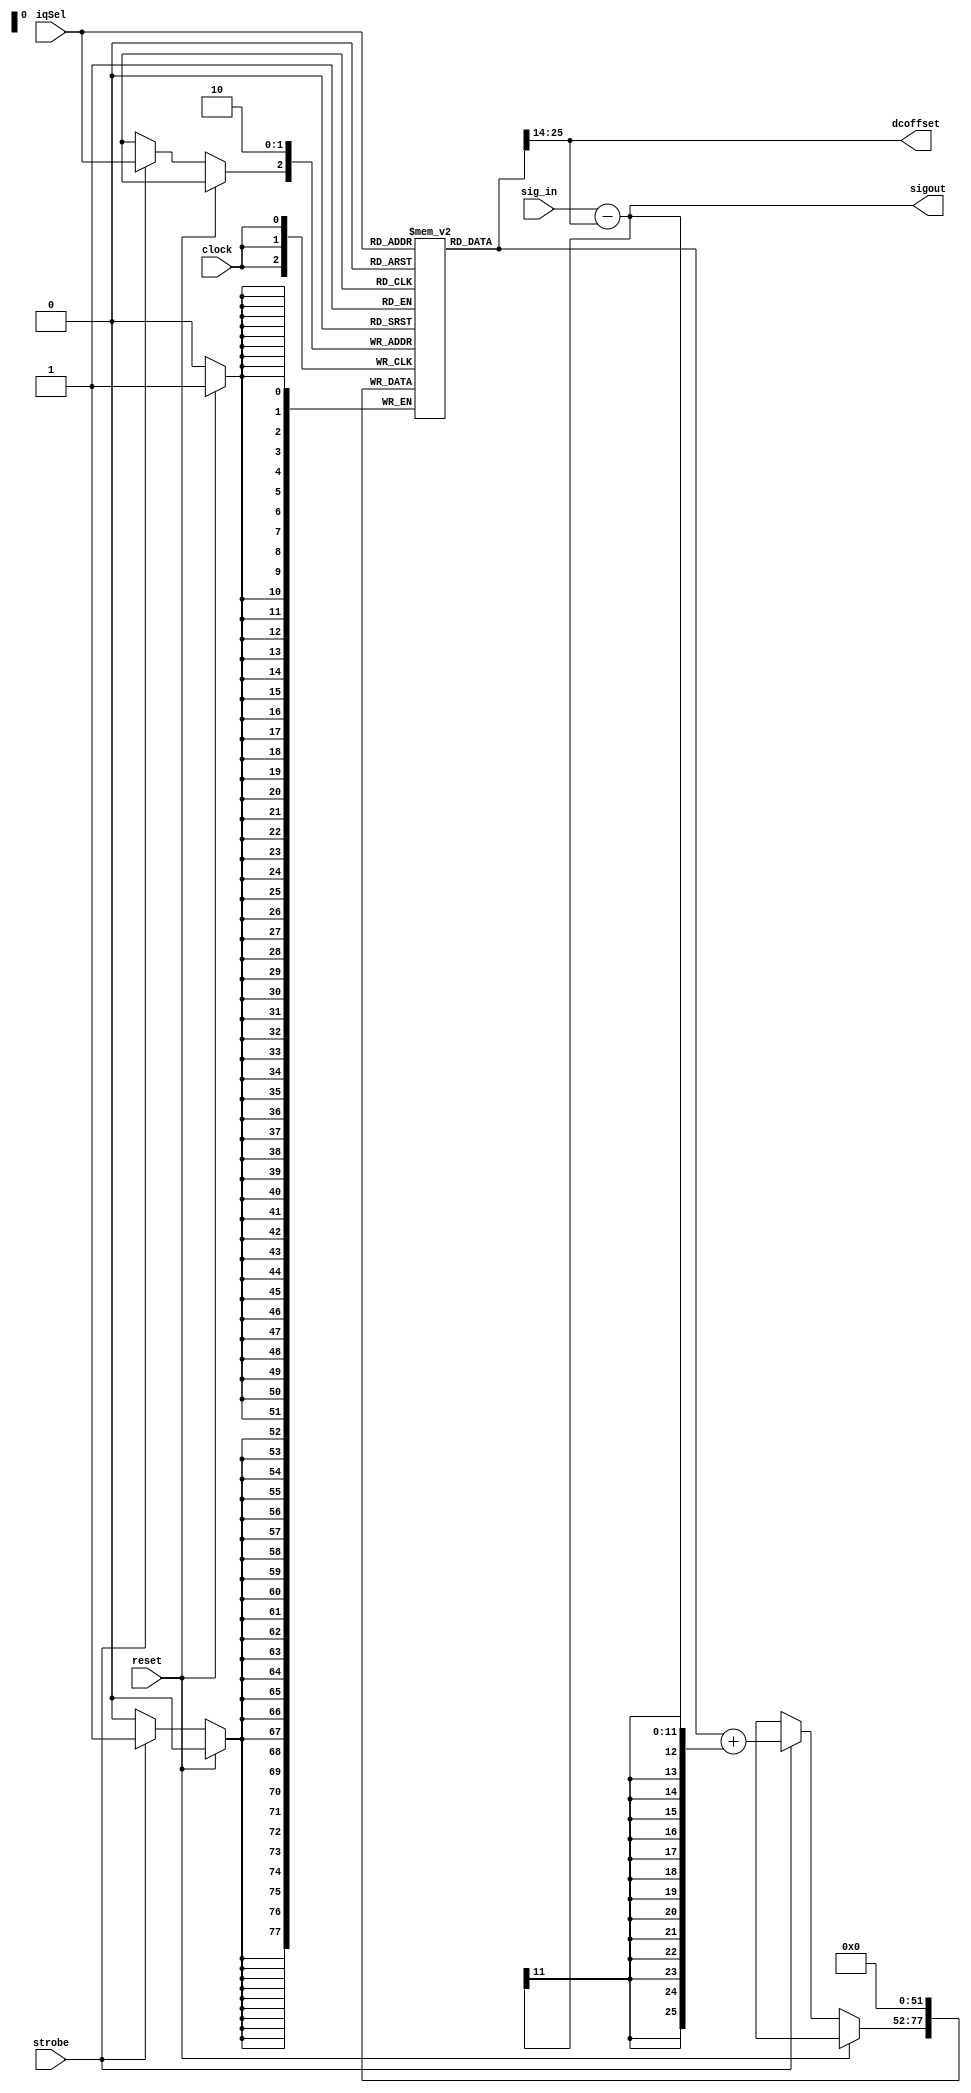
module WcaDcOffset (
    input clock, 
    input reset, 
    input strobe,	 
	 input  iqSel,

    input  signed [11:0] sig_in,    //signal input.
	 output signed [11:0] dcoffset,  //DC Offset measurement / scaled to 16 bits for higher resolution.
	 output signed [11:0] sigout 	 //Adjusted output signal with DC bias removed.
  );

/*	//Implement a scaled integrator. 
	reg signed [31:0] integrator[0:1];

	assign dcoffset = integrator[iqSel][31:20];
   assign sigout   = sig_in - dcoffset;
	wire  [31:0] update = integrator[iqSel][31:0] + {{(20){sigout[11]}},sigout}; 
		
   always @(posedge clock)
	 begin
     if(reset)
	  begin 
       integrator[0] <= #1 32'd0;
		 integrator[1] <= #1 32'd0;
	  end
     else if(strobe) 
		 if( iqSel) integrator[1][31:0] <= #1 update; 
		 else       integrator[0][31:0] <= #1 update; 
	 end */
	 
/*	//Implement a scaled integrator. 
	reg  signed [25:0] integrator;

	assign dcoffset = integrator[25:14];
   assign sigout   = (iqSel) ? (sig_in - dcoffset) : dcoffset;
	wire  signed [25:0] update = integrator + {{(14){sigout[11]}},sigout}; 
		
   always @(posedge clock)
	 begin
     if(reset)
	  begin 
		 integrator <= #1 16'd0;
	  end
     else if(iqSel) 
		 integrator<= #1 update; 
	 end 
*/
	//Implement a scaled integrator. 
	reg  signed [25:0] integrator[1:0];

	assign dcoffset = integrator[iqSel][25:14];
   assign sigout   = sig_in - dcoffset;
	wire  signed [25:0] update = integrator[iqSel] + {{(14){sigout[11]}},sigout}; 
		
   always @(negedge clock)
	 begin
     if(reset)
	  begin 
		 integrator[0] <= #1 26'd0;
		 integrator[1] <= #1 26'd0;
	  end
     else if(strobe) 
		 integrator[iqSel] <= #1 update; 
	 end 

/*	reg  signed [25:0] integrator;

	assign dcoffset = integrator[25:14];
   assign sigout   = (iqSel) ? (sig_in - dcoffset) : sig_in;
	wire  signed [25:0] update = integrator + {{(14){sigout[11]}},sigout}; 
		
   always @(negedge clock)
	 begin
     if(reset)
	  begin 
		 integrator <= #1 16'd0;
	  end
     else if(iqSel) 
		 integrator<= #1 update; 
	 end */

endmodule